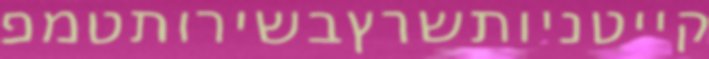
קייטניותשרץבשירותטמפ